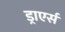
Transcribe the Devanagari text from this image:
ड्राएर्स